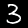
Digit: 3